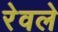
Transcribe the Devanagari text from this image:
रेवले